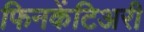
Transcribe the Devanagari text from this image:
फिनकेंटिअरी